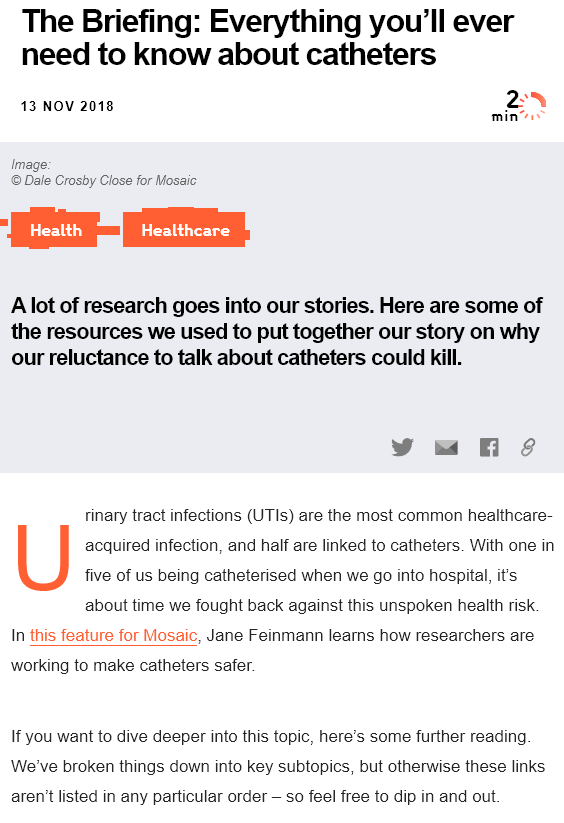
The    Briefing:    Everything    you'll    ever
   need    to  know    about    catheters
   13 NOV 2018
     rinary tract infections (UTIs) are the most common healthcare-
     acquired infection, and half are linked to catheters. With one in
     five of us being catheterised when we go into hospital, it's
     about time we fought back against this unspoken health risk.
  In this feature for Mosaic, Jane Feinmann learns how researchers are
  working to make catheters safer.
  If you want to dive deeper into this topic, here’s some further reading
  We've broken things down into key subtopics, but otherwise these links
  aren't listed in any particular order
     — so feel free to dip in and out
  Image:
  © Dale Crosby Close for Mosaic
     Healthcare
  Alot of research  goes into our  stories. Here are some  of
  the resources  we used to  put together  our story on  why
  our reluctance  to talk about catheters could kill.
     yumi    ?@